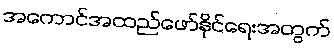
အကောင်အထည်ဖော်နိုင်ရေးအတွက်